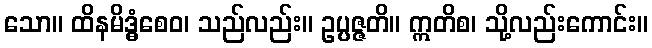
သော။ ထိနမိဒ္ဓံစေဝ၊ သည်လည်း။ ဥပ္ပဇ္ဇတိ။ ဣတိစ၊ သို့လည်းကောင်း။